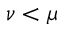
\nu < \mu